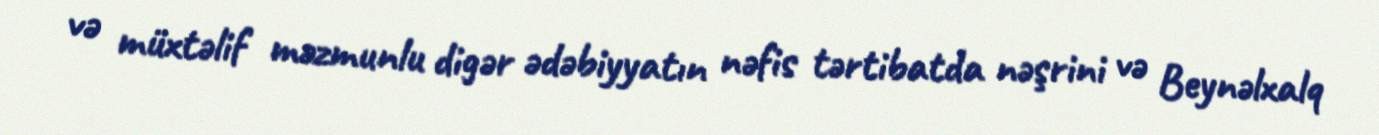
və müxtəlif məzmunlu digər ədəbiyyatın nəfis tərtibatda nəşrini və Beynəlxalq